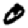
Digit: 0